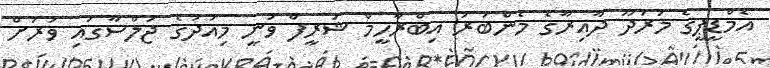
އެމްޑީޕީގެ މަރަދޫ ދާއިރާގެ މެންބަރު އިބްރާހީމް ޝަރީފް ވަނީ މިއަދުގެ ޖަލްސާގައި ވަރަށް